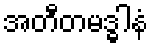
အတီတမဒ္ဓါနံ